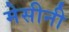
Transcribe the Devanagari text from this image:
मेसीनी